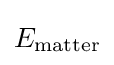
E_{\text{matter}}